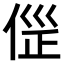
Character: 𠊦